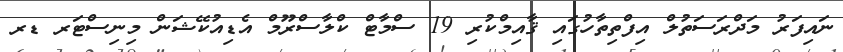
ނައިފަރު މަދްރަސަތުލް އިފްތިތާހުގައި ޤާއިމްކުރި 19 ސްމާޓް ކްލާސްރޫމް އެޑިއުކޭޝަން މިނިސްޓަރ ޑރ